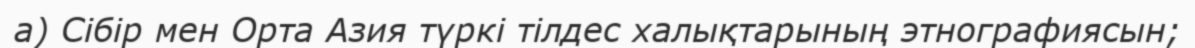
а) Сібір мен Орта Азия түркі тілдес халықтарының этнографиясын;